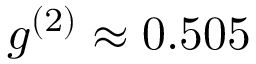
g ^ { ( 2 ) } \approx 0 . 5 0 5